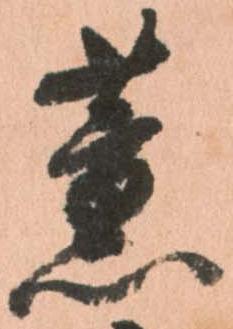
薫